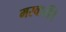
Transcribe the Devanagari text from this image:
मस्वातींचे